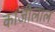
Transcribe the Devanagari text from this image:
कांजीलाल